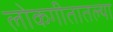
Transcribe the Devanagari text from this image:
लोकगीतातल्या